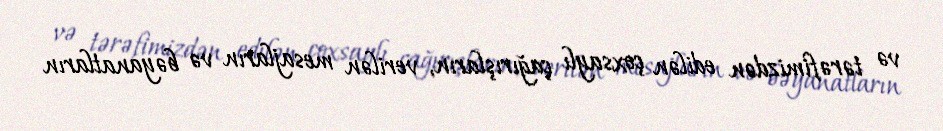
və tərəfimizdən edilən çoxsaylı çağırışların, verilən mesajların və bəyanatların